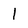
Character: l